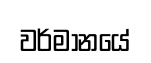
වර්මානයේ